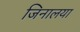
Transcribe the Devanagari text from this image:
जिनालया